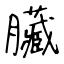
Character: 臟